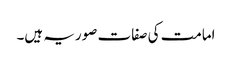
امامت کی صفات صوریہ ہیں۔